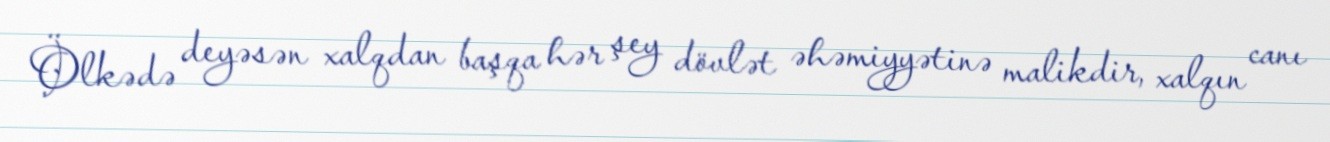
Ölkədə deyəsən xalqdan başqa hər şey dövlət əhəmiyyətinə malikdir, xalqın canı